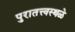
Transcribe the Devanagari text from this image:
पुरातत्त्वस्थळे